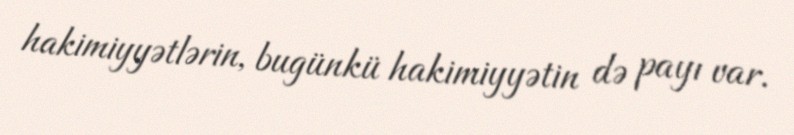
hakimiyyətlərin, bugünkü hakimiyyətin də payı var.